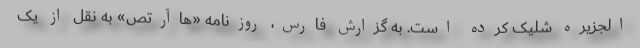
الجزیره شلیک کرده است. به گزارش فارس، روزنامه «هاآرتص» به نقل از یک